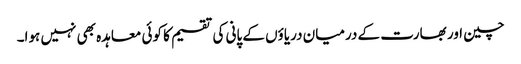
چین اور بھارت کے درمیان دریاؤں کے پانی کی تقسیم کا کوئی معاہدہ بھی نہیں ہوا۔